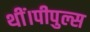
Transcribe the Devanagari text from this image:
थीं।पीपुल्स